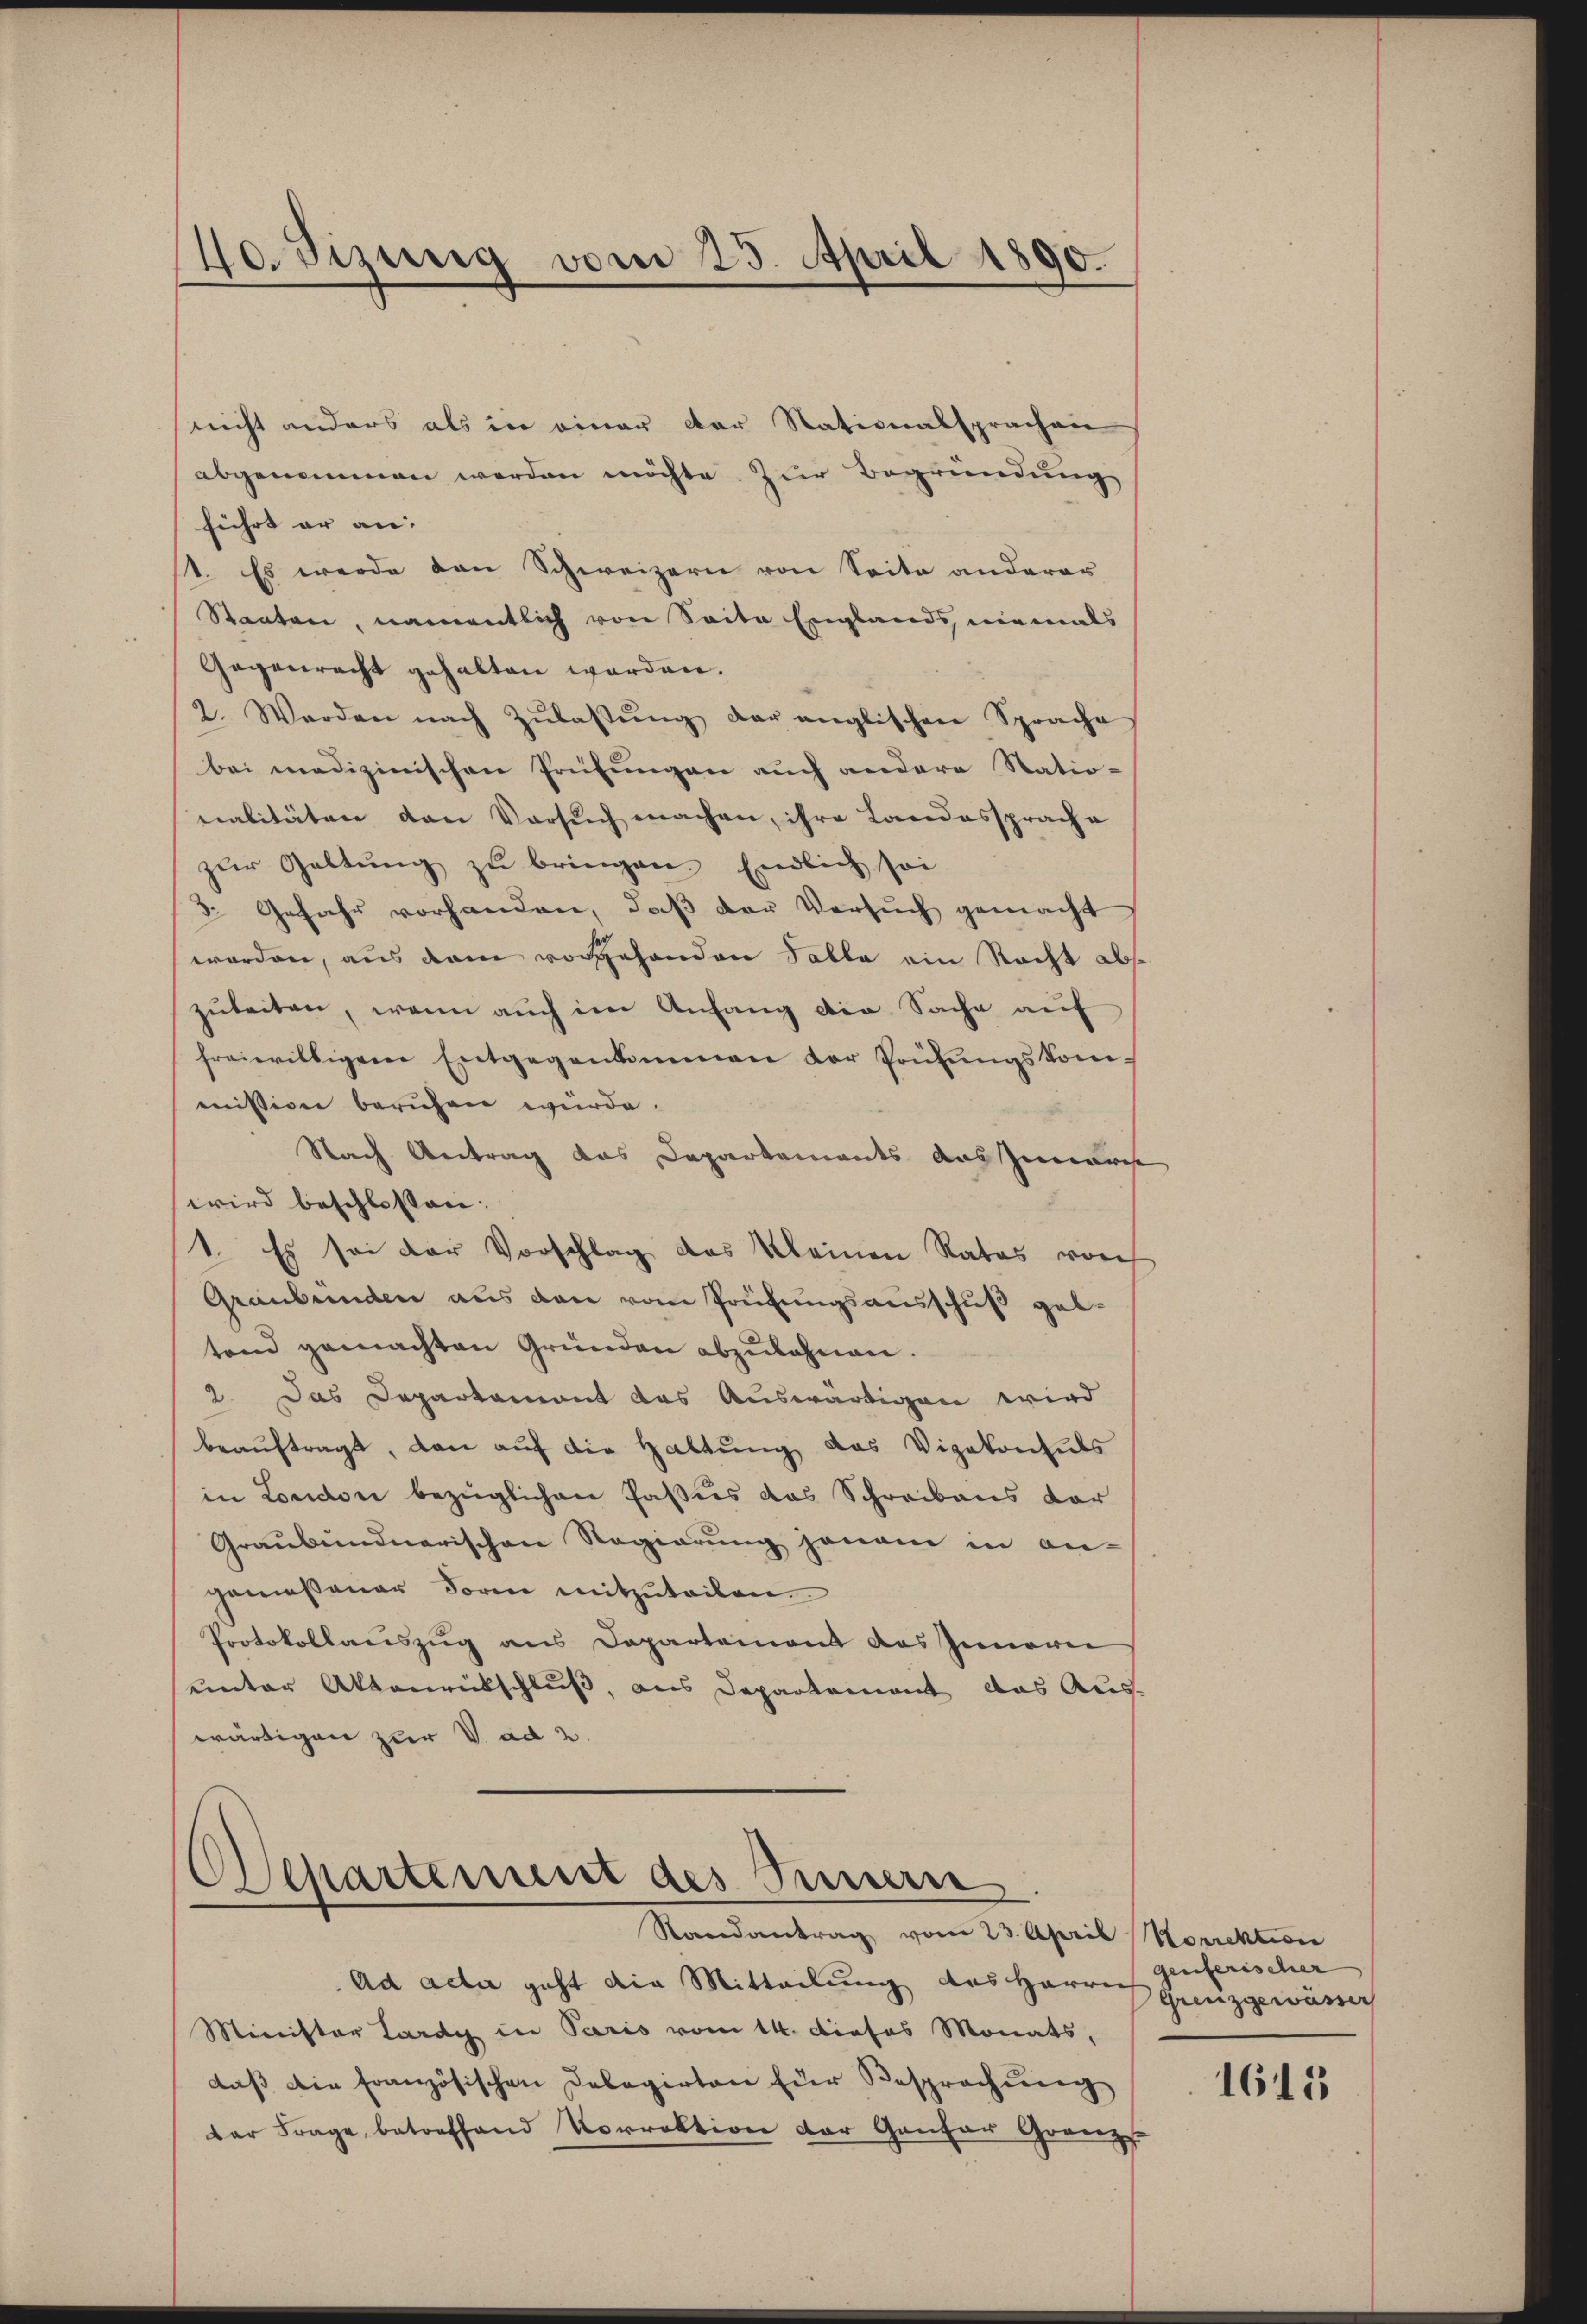
40. Sizung vom 25. April 1890.

nicht anders als in einer der Stationalsprachen
abgenommen werden möchte. Zur Begründung
führt er an. |
1. Es werde den Schweizern von Seite anderer
Staaten, namentlich von Saite Englands, niemals
Gegenrecht gehalten worden.
2. Werden nach Zŭlaβŭng der anglischen Sprache
bei medizinischen Prüfungen auch andere Statio-
nalitäten den Versuch machen, ihre Landassprach a
zur Geltung zu bringen. Endlich sei
3. Gefahr vorhanden, daß der Versuch gemacht
worden, aus dem vorgehenden Falle ein Recht abs
zuleiten, wenn auch im Anfang die Sache auf
freiwilligem Entgegenkommen der Prüfungskommissigen beruhen würde.
Nach Antrag das Departements aus Juris
wird beschlossen:
1. Es sei der Vorschlag des kleinen Rates vorh
Graubünden aus den vom Prüfungsausschuß geb.
tand gemachten Gründen abzulehnen.
2. Das Departament das Auswärtigen wird
beauftragt, dann auf die Haltung das Vizekonsuls
in London bezüglichen Passus das Schreibens dor
Graubündnerischen Regierung jenem in an-
gemeßener Form mitzuteilen.
Protokollauszug aus Departement des Inneren
unter Aktenrütschluß, aus Departement das Aus-
wärtigen zur V. ad 2.

Separtement des Innern.
Randantrag vom 23. April Korrektion

Ad acta geht die Mitteilung des Herrich Guzgewässer
Minister Lardy in Paris vom 14. Dieses Monats,
daß die französischen Delegirten für Besprechung
der Frage, betreffend Vorrektion der Gantar Gränze

genferischer

1615